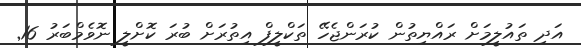
އަދި ތައުލީމަށް ރައްޔިތުން ކުރަންޖެހޭ ތަކްލީފް އިތުރަށް ބުރަ ކޮށްލީ ނޮވެމްބަރު 16